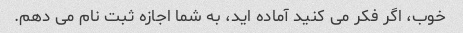
خوب، اگر فکر می کنید آماده اید، به شما اجازه ثبت نام می دهم.